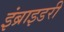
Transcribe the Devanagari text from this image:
इंब्राइडरी